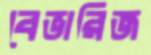
বেভারিজ